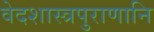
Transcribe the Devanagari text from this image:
वेदशास्त्रपुराणानि